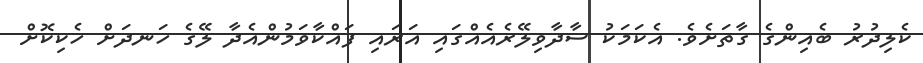
ކެލިދުރު ބެއިންގެ ގާތަށެވެ. އެކަމަކު ސާދާވިލޭރެއެއްގައި އަރައި ފައްކާވަމުންއެދާ ލޭގެ ހަނދަށް ހެކިކޮށް